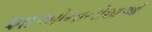
શાઓનાનોશાઓ